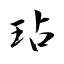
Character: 玷